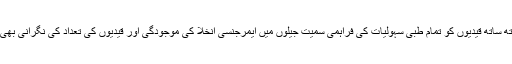
اس کے ساتھ ساتھ قیدیوں کو تمام طبی سہولیات کی فراہمی سمیت جیلوں میں ایمرجنسی انخلا کی موجودگی اور قیدیوں کی تعداد کی نگرانی بھی کی جائے۔